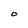
Character: O